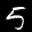
Label: 5